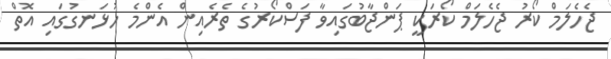
ޖެހެލަމް ކޯރު ޖެހެލަމް ކޯރަކީ ޕަންޖާބުގައިވާ ފަސްކޯރުގެ ތެރެއިން އެންމެ ހުޅަނގުގައި އޮތް